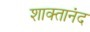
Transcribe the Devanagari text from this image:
शाक्तानंद